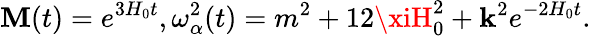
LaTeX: \mathbf{M}(t)=e^{3H_{0}t},\omega_{\alpha}^{2}(t)=m^{2}+12\xiH_{0}^{2}+{\mathbf{k}}^{2}e^{-2H_{0}t}.